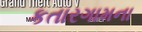
કતારગામના